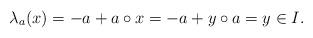
LaTeX: \begin{align*}\lambda_a(x)=-a+a\circ x=-a+y\circ a=y\in I.\end{align*}